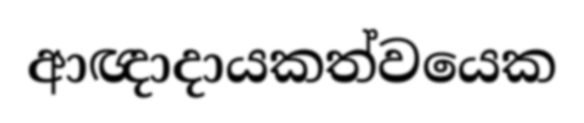
ආඥාදායකත්වයෙක